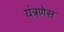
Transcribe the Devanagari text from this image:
यंत्रणेस